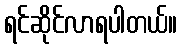
ရင်ဆိုင်လာရပါတယ်။